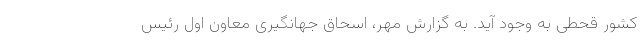
کشور قحطی به وجود آید. به گزارش مهر، اسحاق جهانگیری معاون اول رئیس